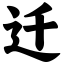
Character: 迁